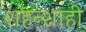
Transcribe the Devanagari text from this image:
शहन्शाही